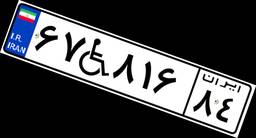
۵۹W۳۲۹۰۳